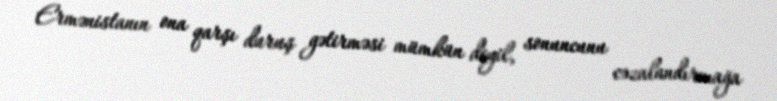
Ermənistanın ona qarşı duruş gətirməsi mümkün deyil, sonuncunu cəzalandırmağa